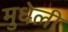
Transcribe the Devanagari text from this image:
मुधेली